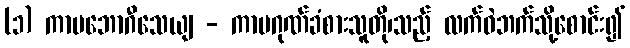
(၁) ကာမဘောဂီသေယျ - ကာမဂုဏ်ခံစားသူတို၊သည့် လက်ဝဲဘက်သို့စောင်း၍